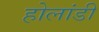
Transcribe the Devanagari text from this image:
होलांडी